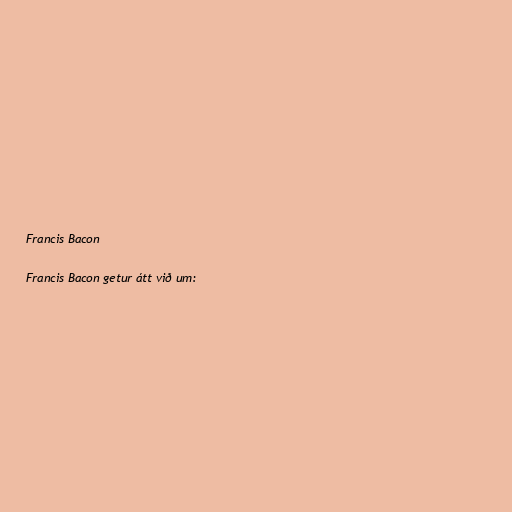
Francis Bacon

Francis Bacon getur átt við um: